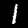
Label: 1